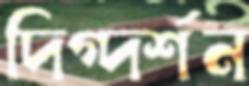
দিগ্দর্শন